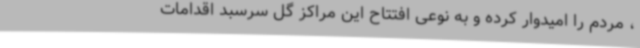
، مردم را امیدوار کرده و به نوعی افتتاح این مراکز گل سرسبد اقدامات